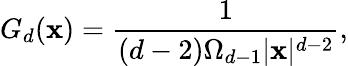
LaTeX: G_{d}(\mathbf{x})=\frac{{1}}{{(d-2)\Omega_{d-1}|\mathbf{x}|^{d-2}}},